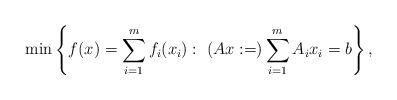
LaTeX: \begin{align*}\min\left\{f(x)=\sum_{i=1}^{m}f_i(x_i):~ (Ax:=)\sum_{i=1}^{m}A_ix_i=b\right\},\end{align*}